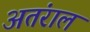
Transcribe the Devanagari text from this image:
अतंराल